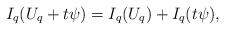
LaTeX: \begin{align*}I_{q}(U_{q}+t\psi)=I_{q}(U_{q})+I_{q}(t\psi),\end{align*}